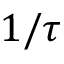
1 / \tau